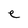
Character: e